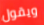
ويقول